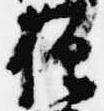
僧